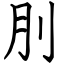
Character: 刖